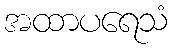
အထာပရေသံ